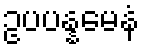
ဥပပန္နမေနံ